Report on horse surra - Volume I
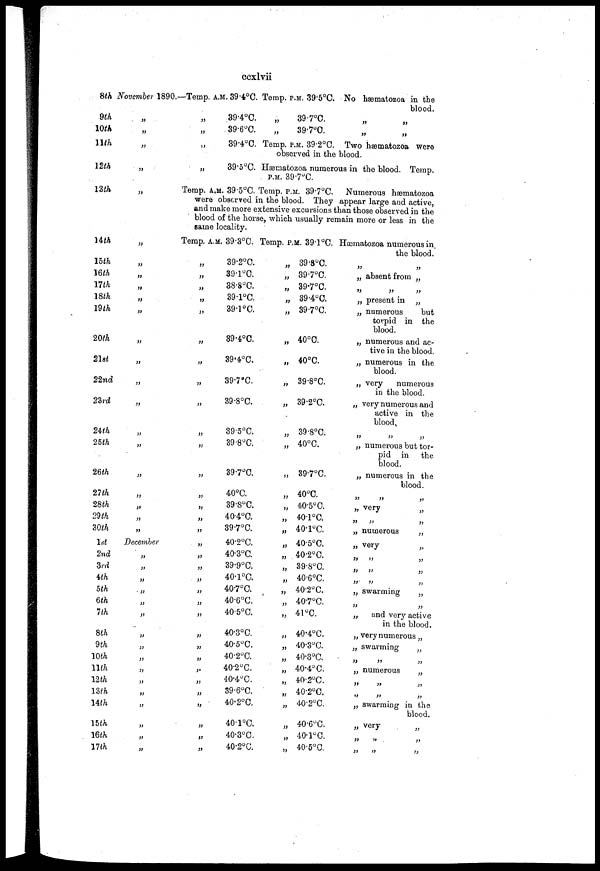
ccxlvii
8th
9th
10th
11th
12th
13th
14th
15th
16th
17th
18th
19th
20th
21st
22nd
23rd
24th
25th
26th
27th
28th
29th
20th
1st
2nd
3rd
4th
5th
6th
7th
8th
9th
10th
11th
12th
13th
14th
15th
16th
17th
November 1890.
„
„
„
„
„
„
„
„
„
„
„
„
„
„
„
„
„
„
„
„
„
„
December
„
„
„
„
„
„
„
„
„
„
„
„
„
„
„
„
—Temp
„
„
„
„
A.M.39.4°C.
39.4°C.
39.6°C.
39.4°C.
39.5°C.
Temp. P.M. 39.5°C.
„
„
39.7°C.
39.7°C.
Temp. P.M.. 39.2°C.
No hæmatozoa in the
blood.
„ „
„ „
Two hæmatozoa were
observed in the blood.
Hæmatozoa numerous in the blood. Temp.
P.M.. 39.7°C.
Temp. A.M. 39.5°C. Temp. P.M.. 39.7°C. Numerous hæmatozoa
were observed in the blood. They appear large and active,
and make more extensive excursions than those observed in the
blood of the horse, which usually remain more or less in the
same locality.
Temp.
„
„
„
„
„
„
„
„
„
„
„
„
„
„
„
„
„
„
„
„
„
„
„
„
„
„
„
„
„
„
„
„
„
A.M. 39.3°C.
39.2°C.
39.1°C.
38.8°C.
39.1°C.
39.1°C.
39.4°C.
39.4°C.
39.7°C.
39.8°C.
39.5°C.
39.8°C.
39.7°C.
40°C.
39.8°C.
40.4°C.
39.7°C.
40.2°C.
40.3°C.
39.9°C.
40.1°C.
40.7°C.
40.6°C.
40.5°C.
40.3°C.
40.5°C.
40.2°C.
40.2°C.
40.4°C.
39.6°C.
40.2°C.
40.1°C.
40.3°C.
40.2°C.
Temp. P.M. 39.1°C.
„
„
„
„
„
„
„
„
„
„
„
„
„
„
„
„
„
„
„
„
„
„
„
„
„
„
„
„
„
„
„
„
„
39.8°C.
39.7°C.
39.7°C.
39.4°C.
39.7°C.
40°C.
40°C.
39.8°C.
39.2°C.
39.8°C.
40°C.
39.7°C.
40°C.
40.5°C.
40.1°C.
40.1°C.
40.5°C.
40.2°C.
39.8°C.
40.6°C.
40.2°C.
40.7°C.
41°C.
40.4°C.
40.3°C.
40.3°C.
40.4°C.
40.2°C.
40.2°C.
40.2°C.
40.6°C.
40.1°C.
40.5°C.
Hæmatozoa numerous in.
the blood.
„ „
„ absent from „
„ „ „
„ present in „
„ numerous
but
torpid in the
blood.
„ numerous and ac-
tive in the blood.
„ numerous in the
blood.
„ very
numerous
in the blood.
„ very numerous and
active in the
blood
„ numerous but tor-
pid in
the
blood.
„ numerous in the
blood.
„ very
„ numerous
„
„ very
„
„ „ „
„ „ „
„ „ „
„ swarming
„
„ „
„
and very active
in the blood.
„ very numerous „
„ swarming
„
„ „ „
„ numerous
„
„
„
„
„ „ „
swarming in the
blood.
„
„
„ „ „
„
„
„